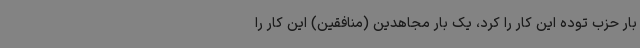
بار حزب توده این کار را کرد، یک بار مجاهدین (منافقین) این کار را